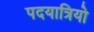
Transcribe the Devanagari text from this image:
पदयात्रियो